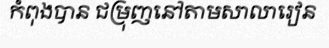
កំពុងបាន ជម្រុញនៅតាមសាលារៀន